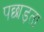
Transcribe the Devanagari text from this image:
पछाड़ता